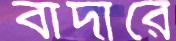
বাদারে